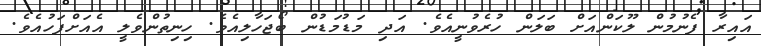
އައިރާ ފެނުމުން ލޫކަންއަށް ބަލަން ހުރެވުނީއެވެ. އަދި މަޑުމަޑުން ބޯޖަހާލިއެވެ. ހިނިތުންވެލީ އެއަށްފަހުއެވެ.